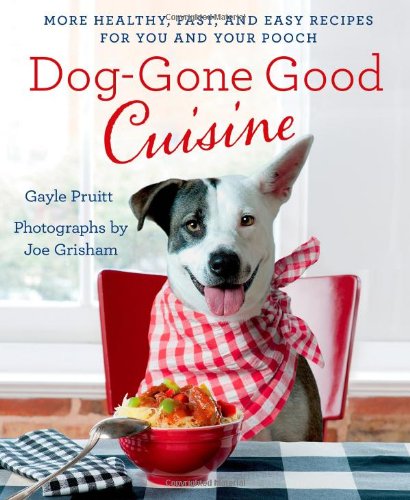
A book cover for Dog-Gone Good Cuisine: More Healthy, Fast, and Easy Recipes for You and Your Pooch; Gayle Pruitt; Crafts, Hobbies & Home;